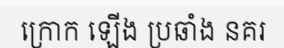
ក្រោក ឡើង ប្រឆាំង នគរ